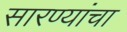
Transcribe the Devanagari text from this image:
सारण्यांचा